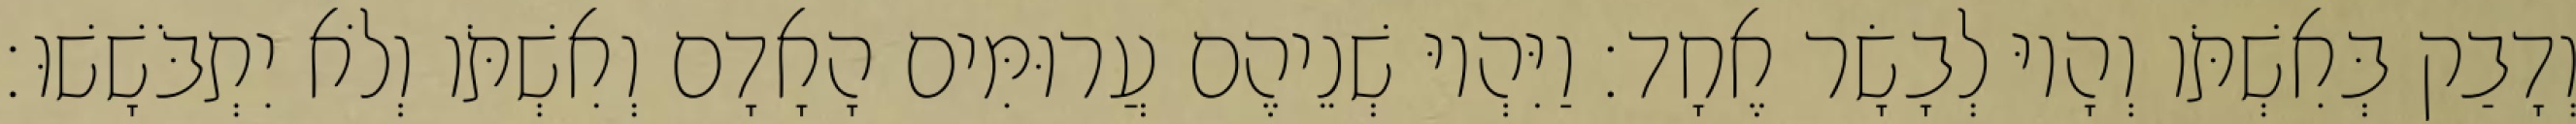
וְדָבַק בְּאִשְׁתֹּו וְהָיוּ לְבָשָׂר אֶחָד׃ וַיִּהְיוּ שְׁנֵיהֶם עֲרוּמִּים הָאָדָם וְאִשְׁתֹּו וְלֹא יִתְבֹּשָׁשׁוּ׃